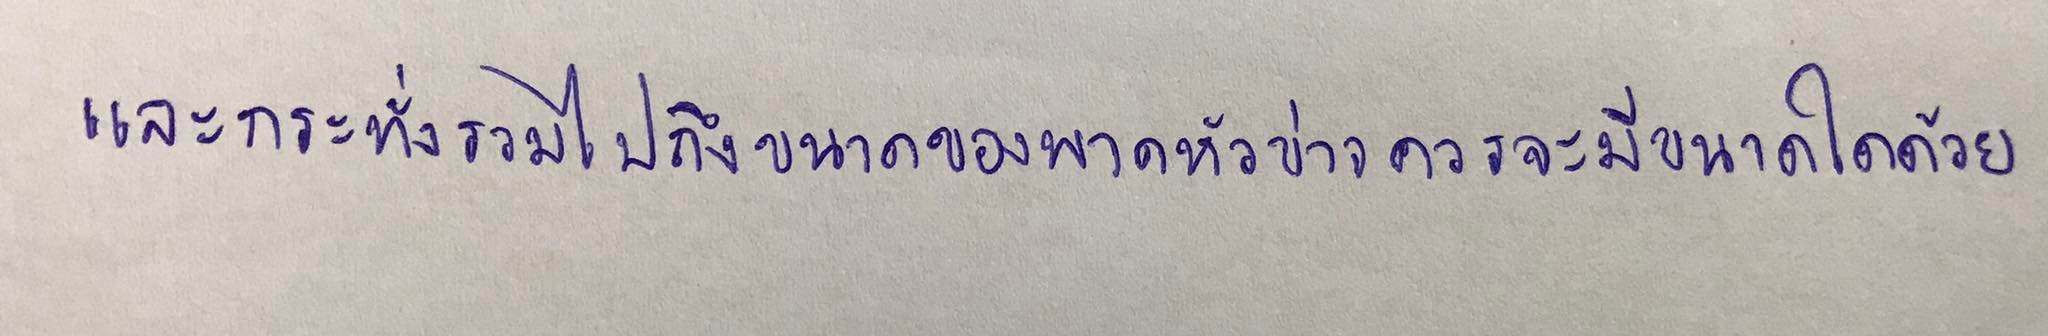
และกระทั่งรวมไปถึงขนาดของพาดหัวข่าวควรจะมีขนาดใดด้วย